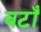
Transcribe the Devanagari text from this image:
बटाँ